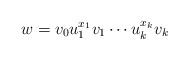
LaTeX: \begin{align*} w=v_0u_1^{x_1}v_1\cdots u_k^{x_k}v_k \end{align*}